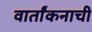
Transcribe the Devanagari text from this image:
वार्तांकनाची